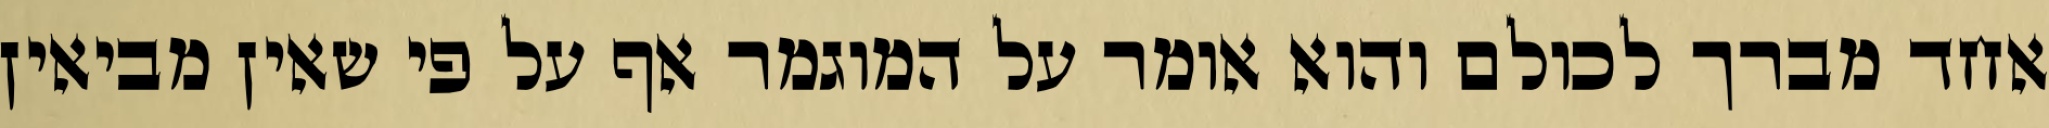
אחד מברך לכולם והוא אומר על המוגמר אף על פי שאין מביאין